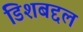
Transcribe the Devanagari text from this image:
डिशबद्दल